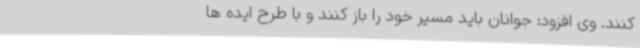
کنند. وی افزود: جوانان باید مسیر خود را باز کنند و با طرح ایده ها